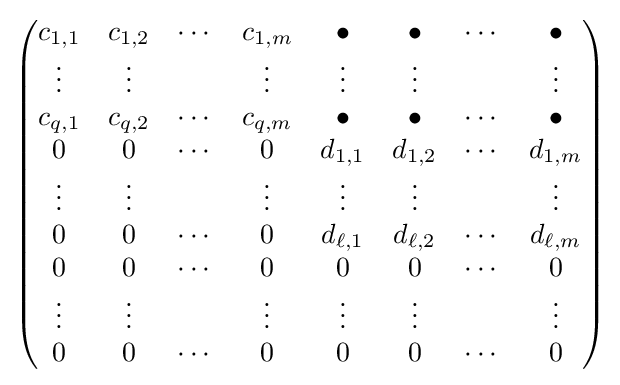
{\begin{pmatrix}c_{1,1}&c_{1,2}&\cdots &c_{1,m}&\bullet &\bullet &\cdots &\bullet \\\vdots &\vdots &&\vdots &\vdots &\vdots &&\vdots \\c_{q,1}&c_{q,2}&\cdots &c_{q,m}&\bullet &\bullet &\cdots &\bullet \\0&0&\cdots &0&d_{1,1}&d_{1,2}&\cdots &d_{1,m}\\\vdots &\vdots &&\vdots &\vdots &\vdots &&\vdots \\0&0&\cdots &0&d_{\ell ,1}&d_{\ell ,2}&\cdots &d_{\ell ,m}\\0&0&\cdots &0&0&0&\cdots &0\\\vdots &\vdots &&\vdots &\vdots &\vdots &&\vdots \\0&0&\cdots &0&0&0&\cdots &0\end{pmatrix}}